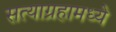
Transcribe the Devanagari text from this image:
सत्याग्रहामध्ये